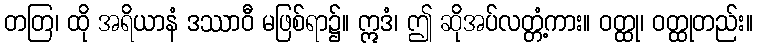
တတြ၊ ထို အရိယာနံ ဒဿာဝီ မဖြစ်ရာ၌။ ဣဒံ၊ ဤ ဆိုအပ်လတ္တံ့ကား။ ဝတ္ထု၊ ဝတ္ထုတည်း။